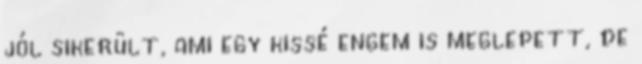
jól sikerült, ami egy kissé engem is meglepett, de